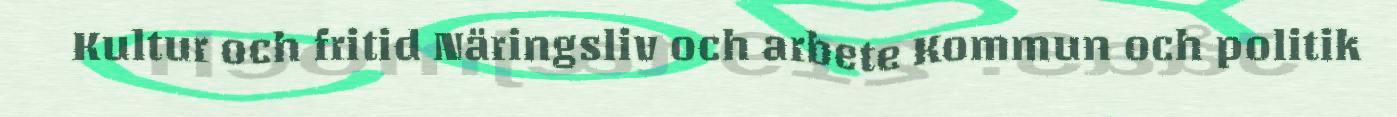
Kultur och fritid Näringsliv och arbete Kommun och politik